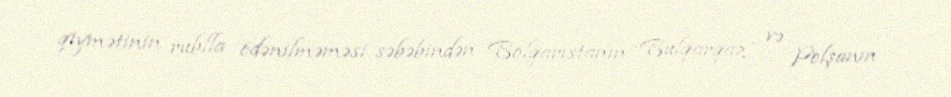
qiymətinin rublla ödənilməməsi səbəbindən Bolqarıstanın “Bulqarqaz” və Polşanın